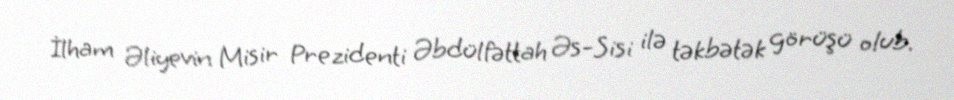
İlham Əliyevin Misir Prezidenti Əbdülfəttah Əs-Sisi ilə təkbətək görüşü olub.